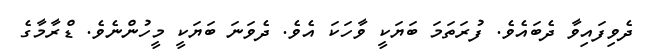
ދެވިފައިވާ ދެބައެވެ. ފުރަތަމަ ބަޔަކީ ވާހަކަ އެވެ. ދެވަނަ ބަޔަކީ މީހުންނެވެ. ޑްރާމާގެ